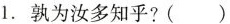
1.孰为汝多知乎? ( )